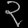
Digit: ၃